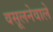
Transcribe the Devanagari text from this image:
वसूलनेवाले